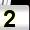
Digit: 2